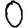
Digit: 0